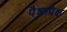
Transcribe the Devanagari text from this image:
पैशापेक्ष